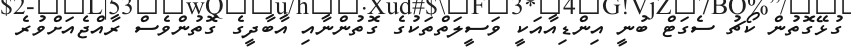
ގުޅޭގޮތުން ކޯޗު ސެގަޓް ބުނީ އިންޑިއާއަކީ ވަސީލަތްތަކުގެ ގޮތުންނާއި އާބާދީގެ ގޮތުންވެސް ރާއްޖެއަށްވުރެ